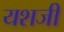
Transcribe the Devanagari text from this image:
यशजी